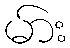
မ်ား